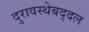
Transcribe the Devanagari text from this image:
दुरावस्थेबद्दल